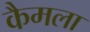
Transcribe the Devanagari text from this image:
कैमला